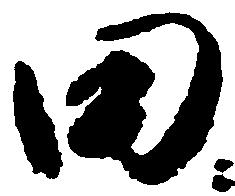
田